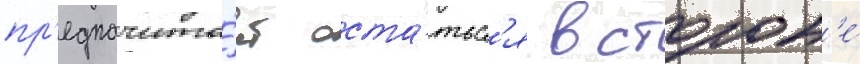
пр'едпочита́ет оста́тьс'я в сторон'е́